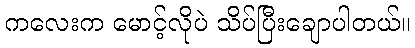
ကလေးက မောင့်လိုပဲ သိပ်ပြီးချောပါတယ်။